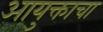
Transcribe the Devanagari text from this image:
आयुक्ताचा